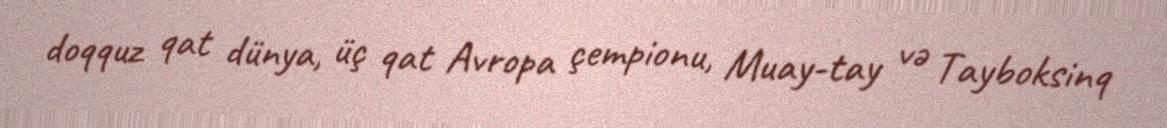
doqquz qat dünya, üç qat Avropa çempionu, Muay-tay və Tayboksinq